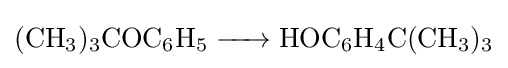
{\ce {(CH3)3COC6H5 -> HOC6H4C(CH3)3}}